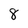
Character: 8